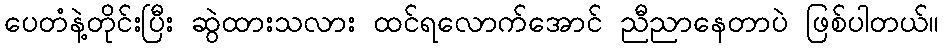
ပေတံနဲ့တိုင်းပြီး ဆွဲထားသလား ထင်ရလောက်အောင် ညီညာနေတာပဲ ဖြစ်ပါတယ်။